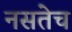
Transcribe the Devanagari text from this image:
नसतेच